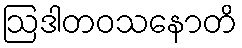
ဩဒါတဝသနောတိ